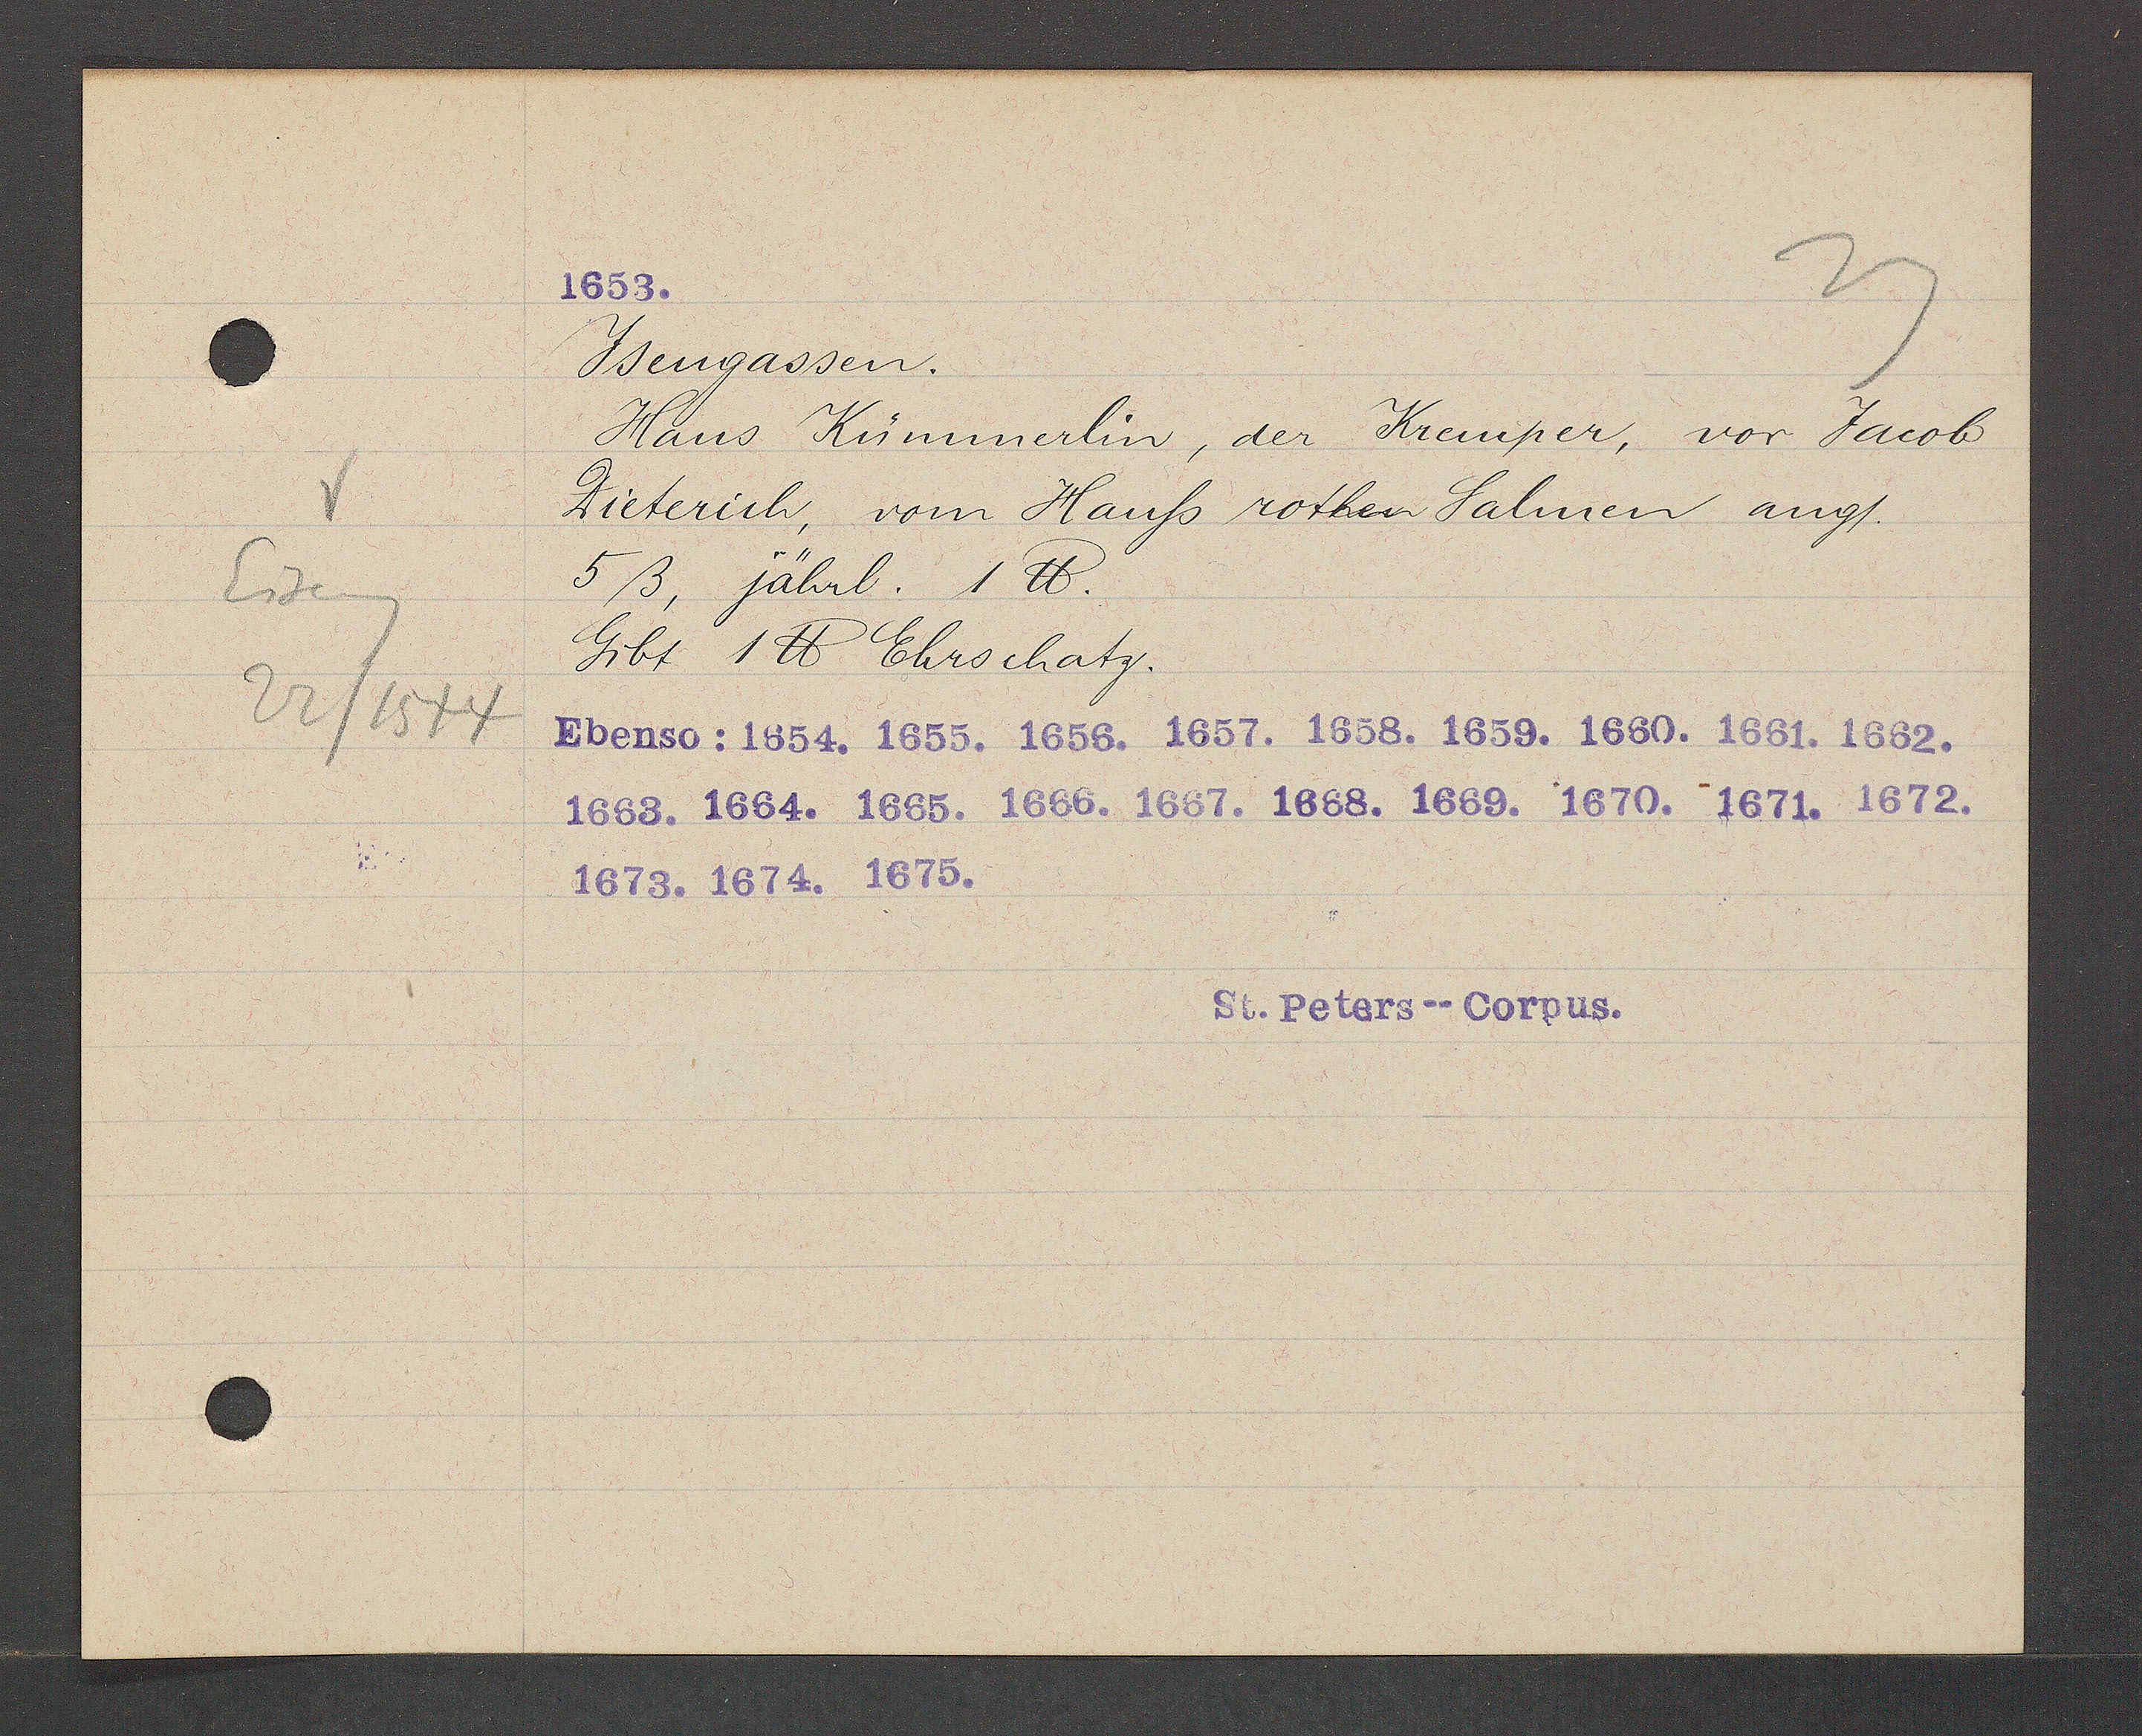
Transcript:
Ysengassen.
Hans Kümmerlin, der Kremper, vor Jacob
Dieterich, vom Hauß rothen Salmen ang/.
5ß, jährl. 1 ℔.
Eiseng
Gibt 1 ℔ Ehrschatz.
22/1544